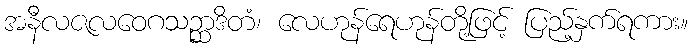
အနီလဇလဝေဂသဉ္ဆာဒိတံ၊ လေဟုန်ရေဟုန်တို့ဖြင့် ပြည့်နှက်ရကား။